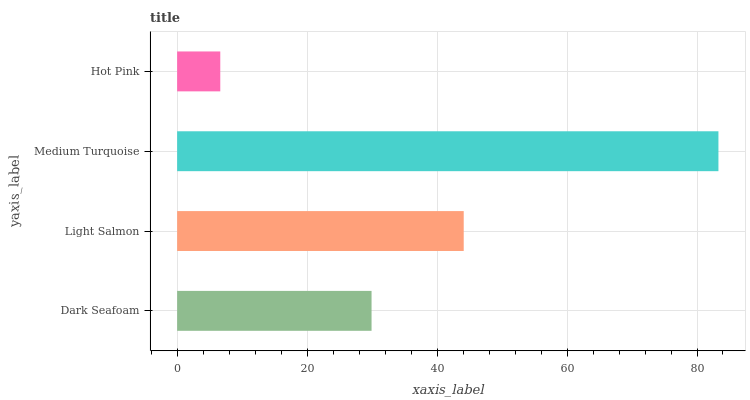
| yaxis_label | bars |
 | --- | --- |
 | Dark Seafoam | 29.9 |
 | Light Salmon | 44.1 |
 | Medium Turquoise | 83.3 |
 | Hot Pink | 6.64 |